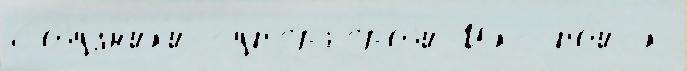
Соjу́зн'ик'и-суп'ерг'ероjи Икс по́иск